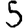
Digit: 5